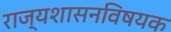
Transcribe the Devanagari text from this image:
राज्यशासनविषयक